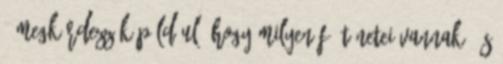
- Megkérdezzük például, hogy milyen fő tünetei vannak, és